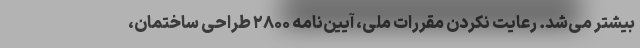
بیشتر می‌شد. رعایت ‌نکردن مقررات ملی، آیین‌نامه ۲۸۰۰ طراحی ساختمان،